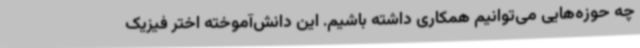
چه حوزه‌هایی می‌توانیم همکاری داشته باشیم. این دانش‌آموخته اختر فیزیک